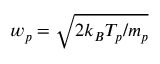
w _ { p } = \sqrt { 2 k _ { B } T _ { p } / m _ { p } }